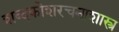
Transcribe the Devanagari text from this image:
शब्दकोशरचनाशास्त्र